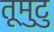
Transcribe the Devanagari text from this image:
तूमुटु